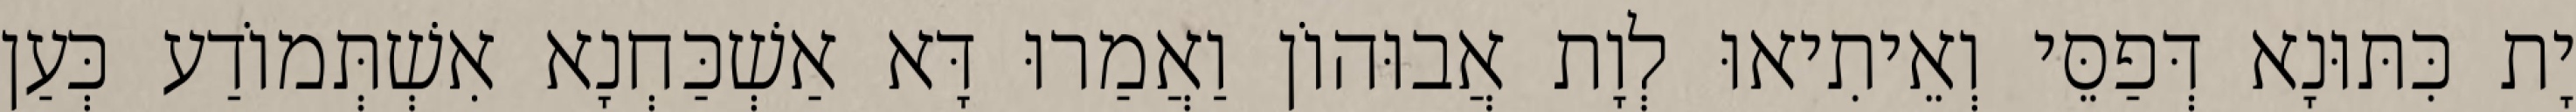
יָת כִּתּוּנָא דְּפַסֵּי וְאֵיתִיאוּ לְוָת אֲבוּהוֹן וַאֲמַרוּ דָּא אַשְׁכַּחְנָא אִשְׁתְּמוֹדַע כְּעַן